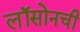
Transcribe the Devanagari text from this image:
लॉसोनची